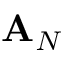
\mathbf { A } _ { N }